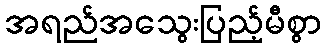
အရည်အသွေးပြည့်မီစွာ